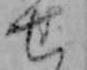
せ